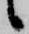
候